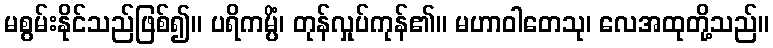
မစွမ်းနိုင်သည်ဖြစ်၍။ ပရိကမ္ပိံ၊ တုန်လှုပ်ကုန်၏။ မဟာဝါတေသု၊ လေအထုတို့သည်။